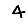
Digit: 4